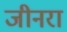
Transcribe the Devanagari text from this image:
जीनरा